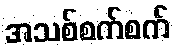
အသစ်စက်စက်